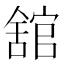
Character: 舘